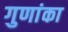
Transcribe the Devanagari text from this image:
गुणांका